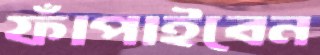
ফাঁপাইবেন